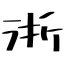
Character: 浙